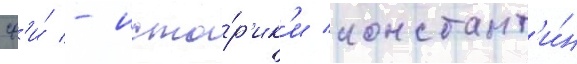
сф'и́ - исто́р'ик'и констант'и́н